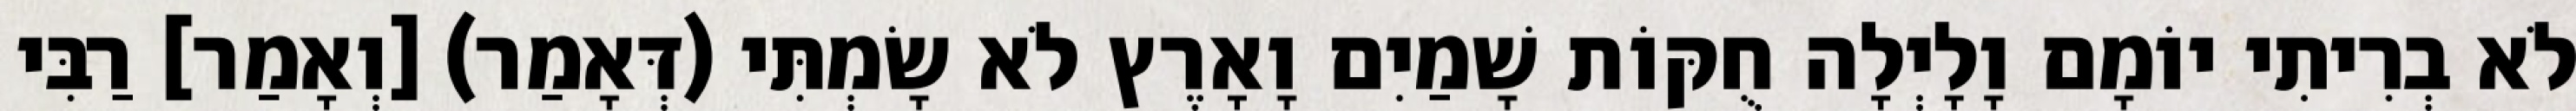
לֹא בְרִיתִי יוֹמָם וָלָיְלָה חֻקּוֹת שָׁמַיִם וָאָרֶץ לֹא שָׂמְתִּי (דְּאָמַר) [וְאָמַר] רַבִּי